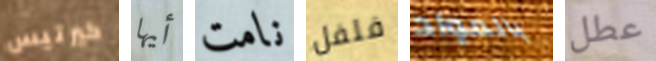
كيرتيس أيها نامت فلفل بالمواد عطل